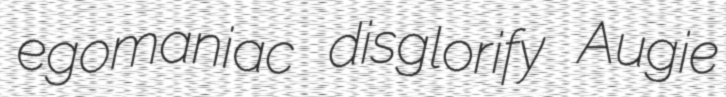
egomaniac disglorify Augie